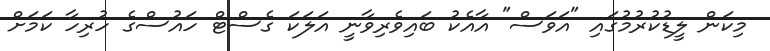
މިކަަން ލީޑުކުރުމުގައި "އަވަސް" އާއެކު ބައިވެރިވާނީ އަލަކަ ގެސްޓް ހައުސްގެ ހުރިހާ ކަމަށް